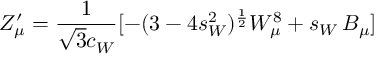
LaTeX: Z _ { \mu } ^ { \prime } = \frac { 1 } { \sqrt 3 c _ { W } } [ - ( 3 - 4 s _ { W } ^ { 2 } ) ^ { \frac { 1 } { 2 } } W _ { \mu } ^ { 8 } + s _ { W } \, B _ { \mu } ]